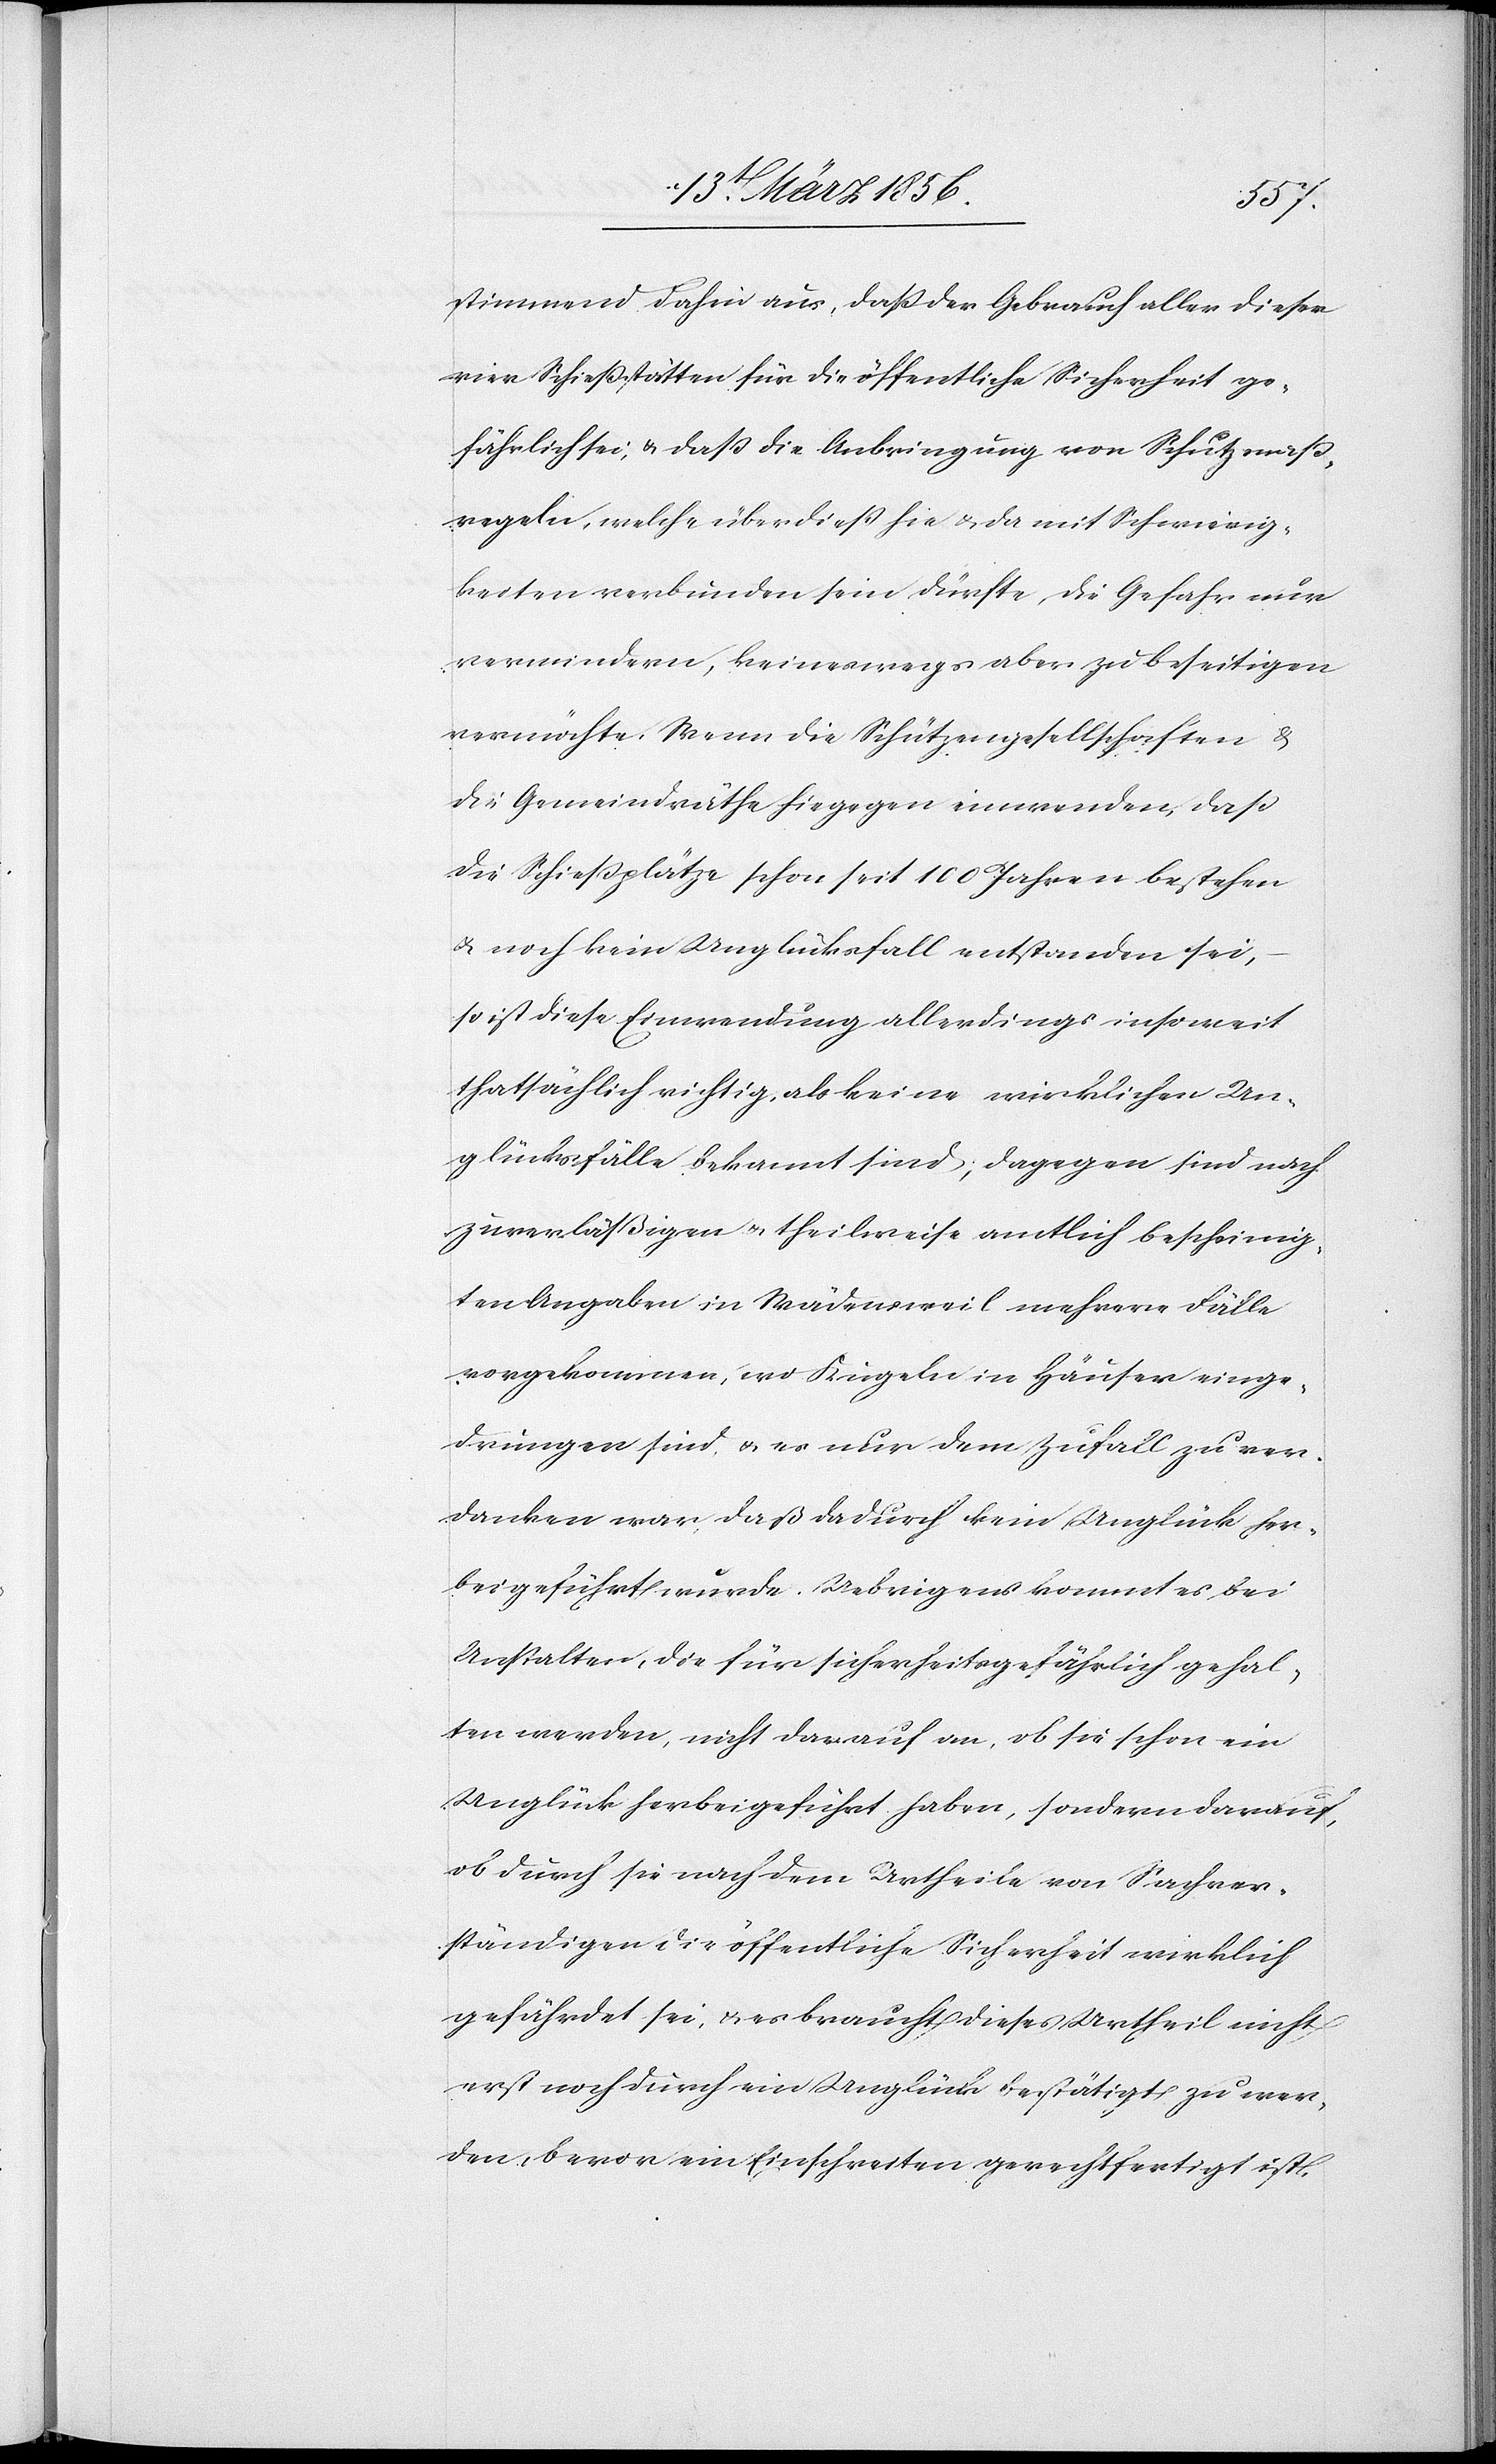
stimmend dahin aus, daß der Gebrauch aller dieser
vier Schießstätten für die öffentliche Sicherheit ge¬
fährlich sei, & das die Anbringung von Schutzmaß¬
regeln, welche überdieß hie & da mit Schwierig¬
keiten verbunden sein dürfte, die Gefahr nur
vermindern, keineswegs aber zu beseitigen
vermöchte. Wenn die Schützengesellschaften &
die Gemeindräthe hiegegen einwenden, daß
die Schießplätze schon seit 100 Jahren bestehen
& noch kein Unglücksfall entstanden sei,
so ist diese Einwendung allerdings insoweit
thatsächlich richtig, als keine wirklichen Un¬
glücksfälle bekannt sind; dagegen sind nach
zuverläßigen u. theilweise amtlich bescheinig¬
ten Angaben in Wädensweil mehrere Fälle
vorgekommen, wo Kugeln in Häuser einge¬
drungen sind, & es nur dem Zufall zu ver¬
danken war, daß dadurch kein Unglück her¬
beigeführt wurde. Uebrigens kommt es bei
Anstalten, die für sicherheitsgefährlich gehal¬
ten werden, nicht darauf an, ob sie schon ein
Unglück herbeigeführt haben, sondern darauf,
ob durch sie nach dem Urtheile von Sachver¬
ständigen die öffentliche Sicherheit wirklich
gefährdet sei, & es braucht dieses Urtheil nicht
erst noch durch ein Unglück bestätigt zu wer¬
den, bevor ein Einschreiten gerechtfertigt ist.